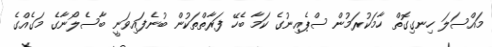
މައްސަލަ ހިނގިގޮތް ހާމަކުރަމުން ސްޕެއިނުގެ ކަމާ ބެހޭ ފަރާތްތަކުން ބުނެފައިވަނީ ބާސެލޯނާގެ މަގެއްގެ